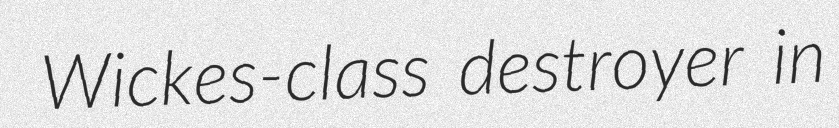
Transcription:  Wickes-class destroyer in